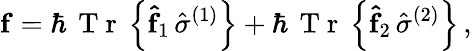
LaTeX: {\mathbf f}=\hbar\, \mathrm{~T~r~}\left\{ {\mathbf{\hat{f}}}_{1}\, {\hat{\sigma}}^{(1)}\right\} +\hbar\, \mathrm{~T~r~}\left\{ {\mathbf{\hat{f}}}_{2}\, {\hat{\sigma}}^{(2)}\right\} \, ,